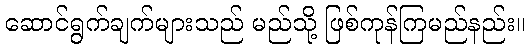
ဆောင်ရွက်ချက်များသည် မည်သို့ ဖြစ်ကုန်ကြမည်နည်း။